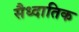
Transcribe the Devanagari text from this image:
सैध्दातिक